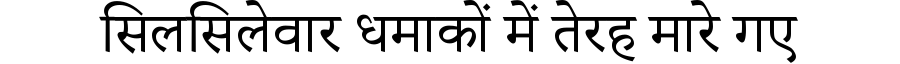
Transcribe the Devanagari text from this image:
सिलसिलेवार धमाकों में तेरह मारे गए